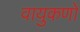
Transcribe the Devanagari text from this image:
वायुकणों